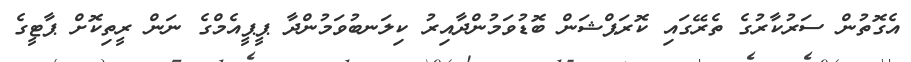
އެގޮތުން ސަރުކާރުގެ ތެރޭގައި ކޮރަޕްޝަން ބޮޑުވަމުންދާއިރު ކިލަނބުވަމުންދާ ޕީޕީއެމްގެ ނަން ރީތިކޮށް ޕާޓީގެ